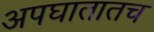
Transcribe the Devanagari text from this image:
अपघातातच